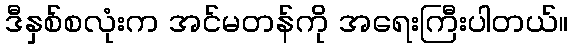
ဒီနှစ်စလုံးက အင်မတန်ကို အရေးကြီးပါတယ်။